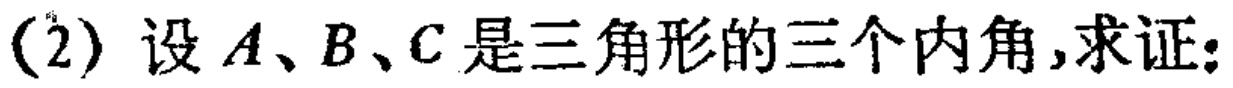
(2) 设 \(A、B、C\) 是三角形的三个内角,求证: